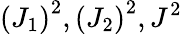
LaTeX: \left(J_{1}\right)^{2},\left(J_{2}\right)^{2},J^{2}